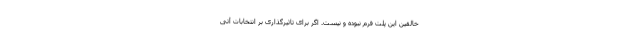
خالقین این پلت فرم نبوده و نیست. اگر برای تاثیرگذاری بر انتخابات آتی